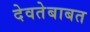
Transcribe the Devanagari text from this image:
देवतेबाबत